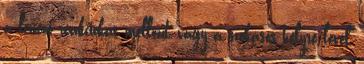
a lenéző reakciókat mellőzd, vagy a szokásos helyre levél,